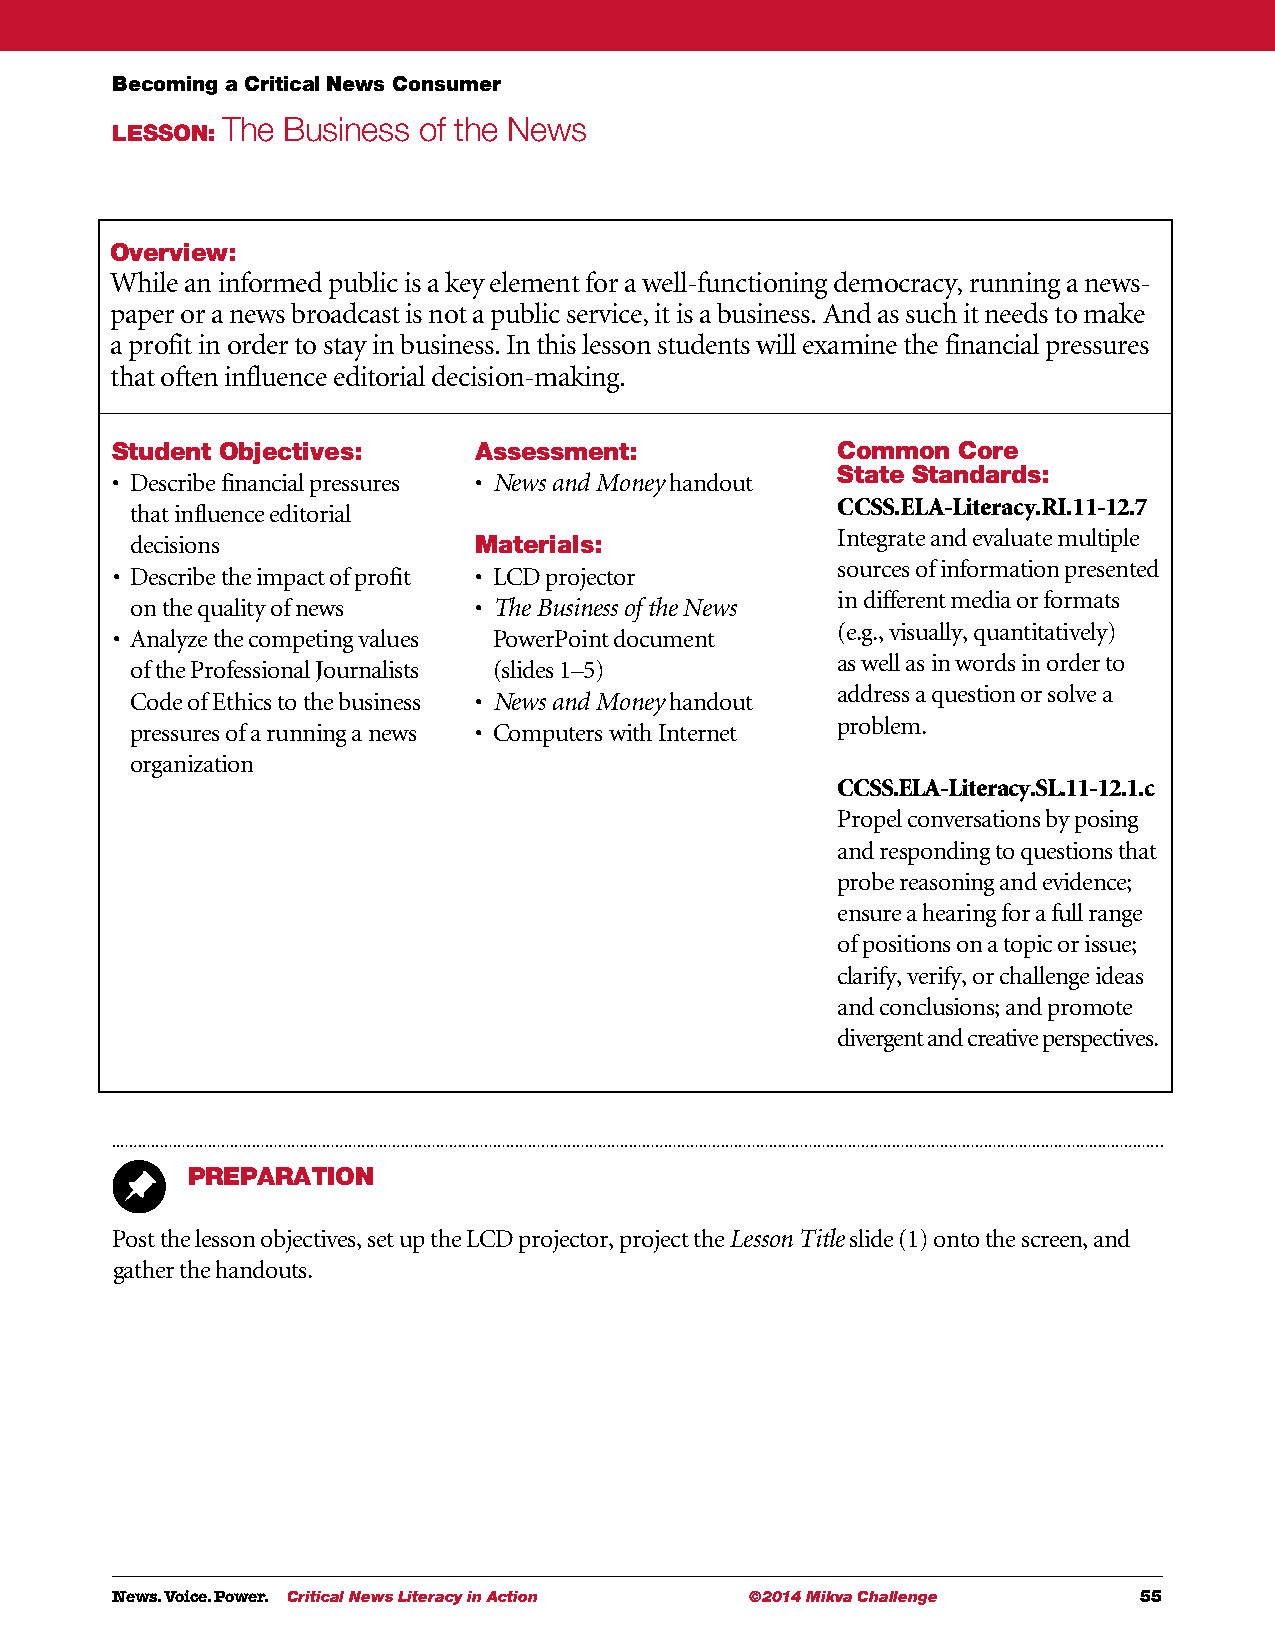
Becoming a Critical News Consumer
 The Business of the News
 LESSON:
 Overview:
 While an informed public is a key element for a well-functioning democracy, running a news-
 paper or a news broadcast is not a public service, it is a business. And as such it needs to make
 a profit in order to stay in business. In this lesson students will examine the financial pressures
 that often influence editorial decision-making.
 Student Objectives:     Assessment:             Common  Core
 State Standards:
 • D escribe financial pressures • N ews and Money handout
 CCSS.ELA-Literacy.RI.11-12.7
 that influence editorial
 Integrate and evaluate multiple
 decisions             Materials:
 sources of information presented
 • D escribe the impact of profit • L CD projector
 in different media or formats
 on the quality of news • T he Business of the News
 (e.g., visually, quantitatively)
 • A nalyze the competing values PowerPoint document
 as well as in words in order to
 of the Professional Journalists (slides 1–5)
 address a question or solve a
 Code of Ethics to the business • N ews and Money handout
 problem.
 pressures of a running a news • C omputers with Internet
 organization
 CCSS.ELA-Literacy.SL.11-12.1.c
 Propel conversations by posing
 and responding to questions that
 probe reasoning and evidence;
 ensure a hearing for a full range
 of positions on a topic or issue;
 clarify, verify, or challenge ideas
 and conclusions; and promote
 divergent and creative perspectives.
 PREPARATION
 Post the lesson objectives, set up the LCD projector, project the Lesson Title slide (1) onto the screen, and
 gather the handouts.
 News. Voice. Power. Critical News Literacy in Action ©2014 Mikva Challenge 55